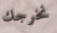
نخرجك